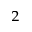
_ 2